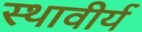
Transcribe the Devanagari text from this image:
स्थावीर्य